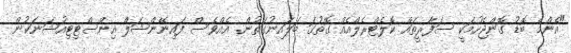
"އެންމެ ބޮޑު ގޮންޖެހުމަކީ ސަފާރީތައް ކޮލެޓްރެލްއެއް ގޮތުގަ ބަލައިނުގަތުން. އެއްވެސް ފައިނޭންޝަލް އިންސްޓިޓިއުޝަނަކުން